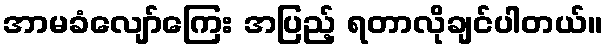
အာမခံလျော်ကြေး အပြည့် ရတာလိုချင်ပါတယ်။